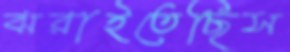
ঝরাইতেছিস